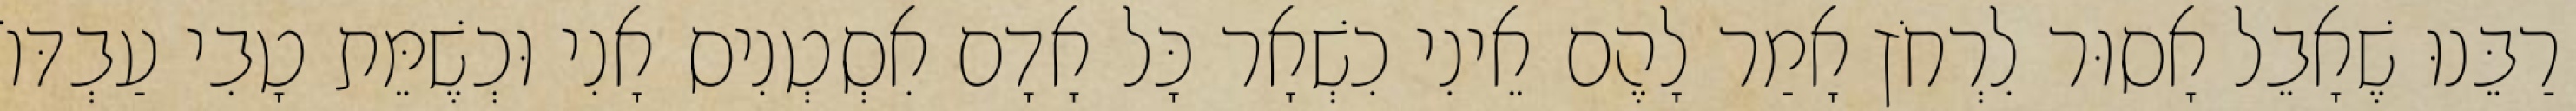
רַבֵּנוּ שֶׁאָבֵל אָסוּר לִרְחֹץ אָמַר לָהֶם אֵינִי כִשְׁאָר כָּל אָדָם אִסְטְנִיס אָנִי וּכְשֶׁמֵּת טָבִי עַבְדּוֹ